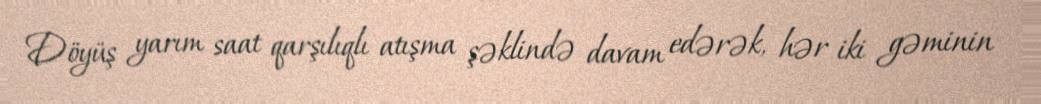
Döyüş yarım saat qarşılıqlı atışma şəklində davam edərək, hər iki gəminin